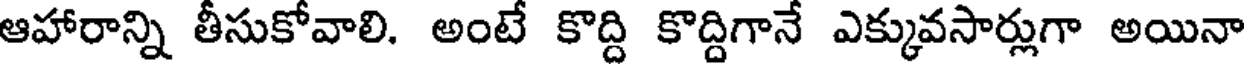
ఆహారాన్ని తీసుకోవాలి. అంటే కొద్ది కొద్దిగానే ఎక్కువసార్లుగా అయినా